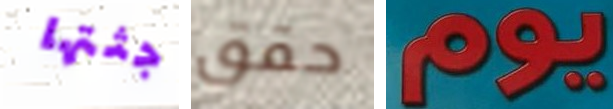
جثتها حقق يوم